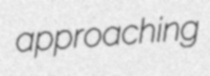
approaching